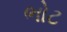
ભોટ